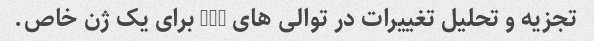
تجزیه و تحلیل تغییرات در توالی های DNA برای یک ژن خاص.